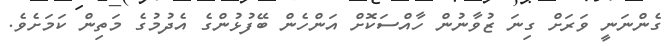
ގެންނަނީ ވަރަށް ގިނަ ޒުވާނުން ހާއްސަކޮށް އަންހެން ބޭފުޅުންގެ އެދުމުގެ މަތިން ކަމަށެވެ.